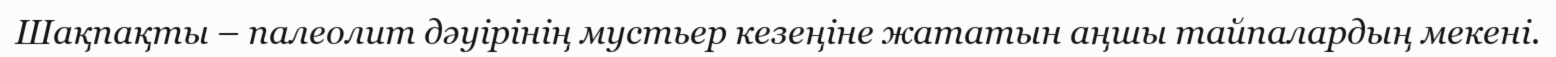
Шақпақты – палеолит дәуірінің мустьер кезеңіне жататын аңшы тайпалардың мекені.